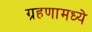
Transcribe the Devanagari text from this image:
ग्रहणामध्ये